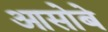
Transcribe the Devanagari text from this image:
आसोबे